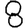
Digit: 8